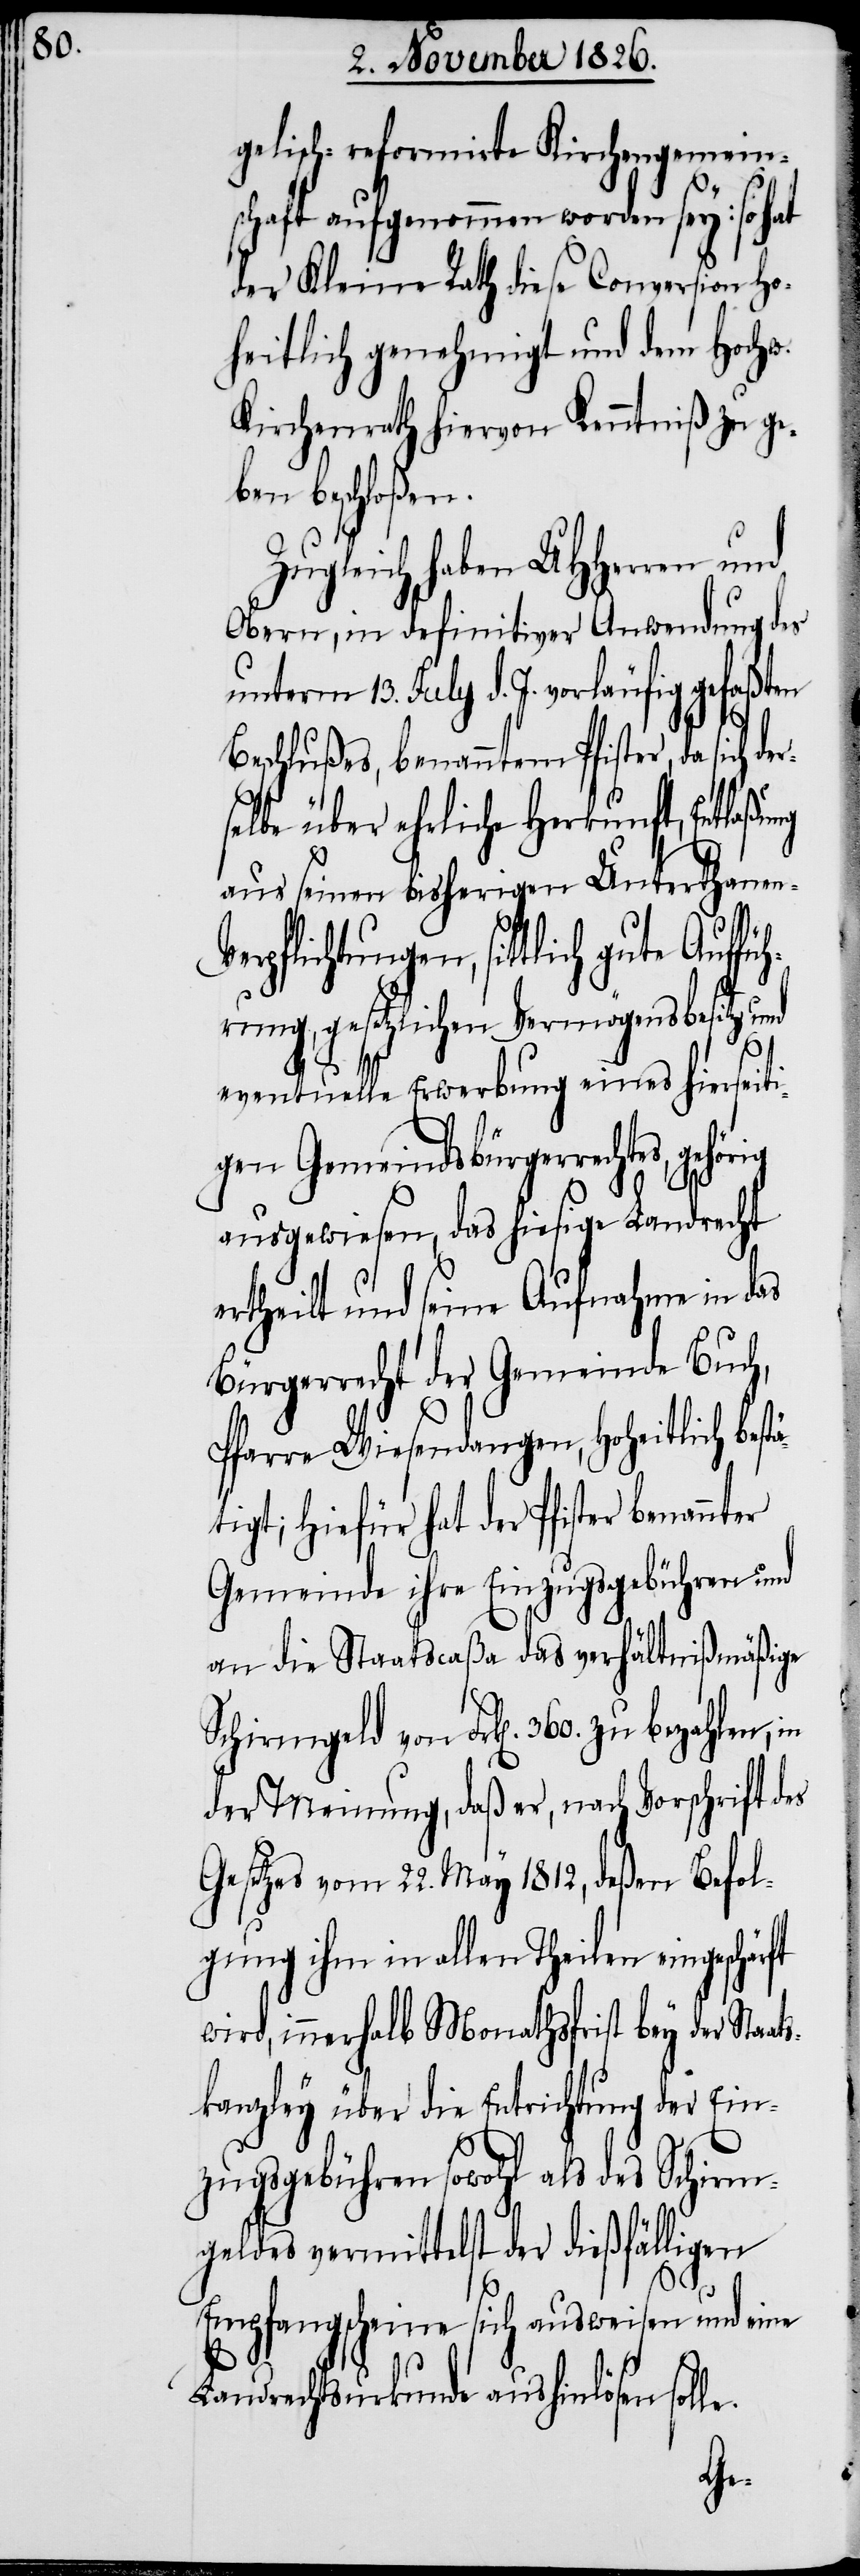
gelisch-reformirte Kirchengemein¬
schaft aufgenommen worden sey: so hat
der Kleine Rath diese Conversion Ho¬
heitlich genehmigt und dem Hochw.
Kirchenrath hiervon Kenntniß zu ge¬
ben beschloßen.
Zugleich haben UHHerren und
Obern, in definitiver Anwendung des
unterm 13. July d. J. vorläufig gefaßten
Beschlußes, benanntem Pfister, da sich de¬
selbe über ehrliche Herkunft, Entlaßung
aus seinen bisherigen Unterthanen-V¬
erpflichtungen, sittlich gute Auff¬
rung, gesetzlichen Vermögensbesitz
eventuelle Erwerbung eines hierseiti¬
gen Gemeindsbürgerrechtes,
ausgewiesen, das hiesige Landrecht
ertheilt und seine Aufnahme in das
Bürgerrecht der Gemeinde Buch,
Pfarre Wiesendangen, Hoheitlich best¬
igt; hiefür hat der Pfister benann¬
Gemeinde ihre Einzugsgebühren und
an die Staatscaßa das verhältnißmäßige
Schirmgeld von Frk[en]. 360. zu bezahlen,
der Meinung, daß er, nach Vorschrift des
Gesetzes vom 22. May 1812, deßen Befol¬
gung ihm in allen Theilen eingeschärft
wird, innerhalb Monathsfrist bey der Sta¬
kanzley über die Entrichtung der Ein¬
zugsgebühren sowohl als des Schirm¬
geldes vermittelst der dießfälligen
Empfangscheine sich ausweisen und eine
Landrechtsurkunde aushinlösen sol¬
le.